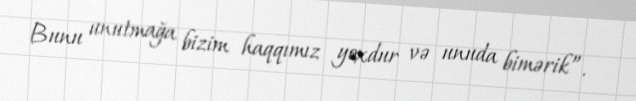
Bunu unutmağa bizim haqqımız yoxdur və unuda bimərik”.